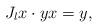
LaTeX: \begin{align*} J_l x \cdot yx=y,\end{align*}